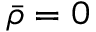
\bar { \rho } = 0